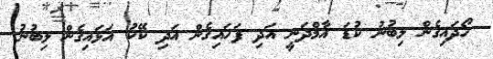
ހޯދައިގެން ލިބުނު ކުޑަ އާމްދަނީ އަދި ފަހައިގެން އަދި ކޭކު އަޅައިގެން ލިބުނު